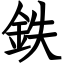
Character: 鉄